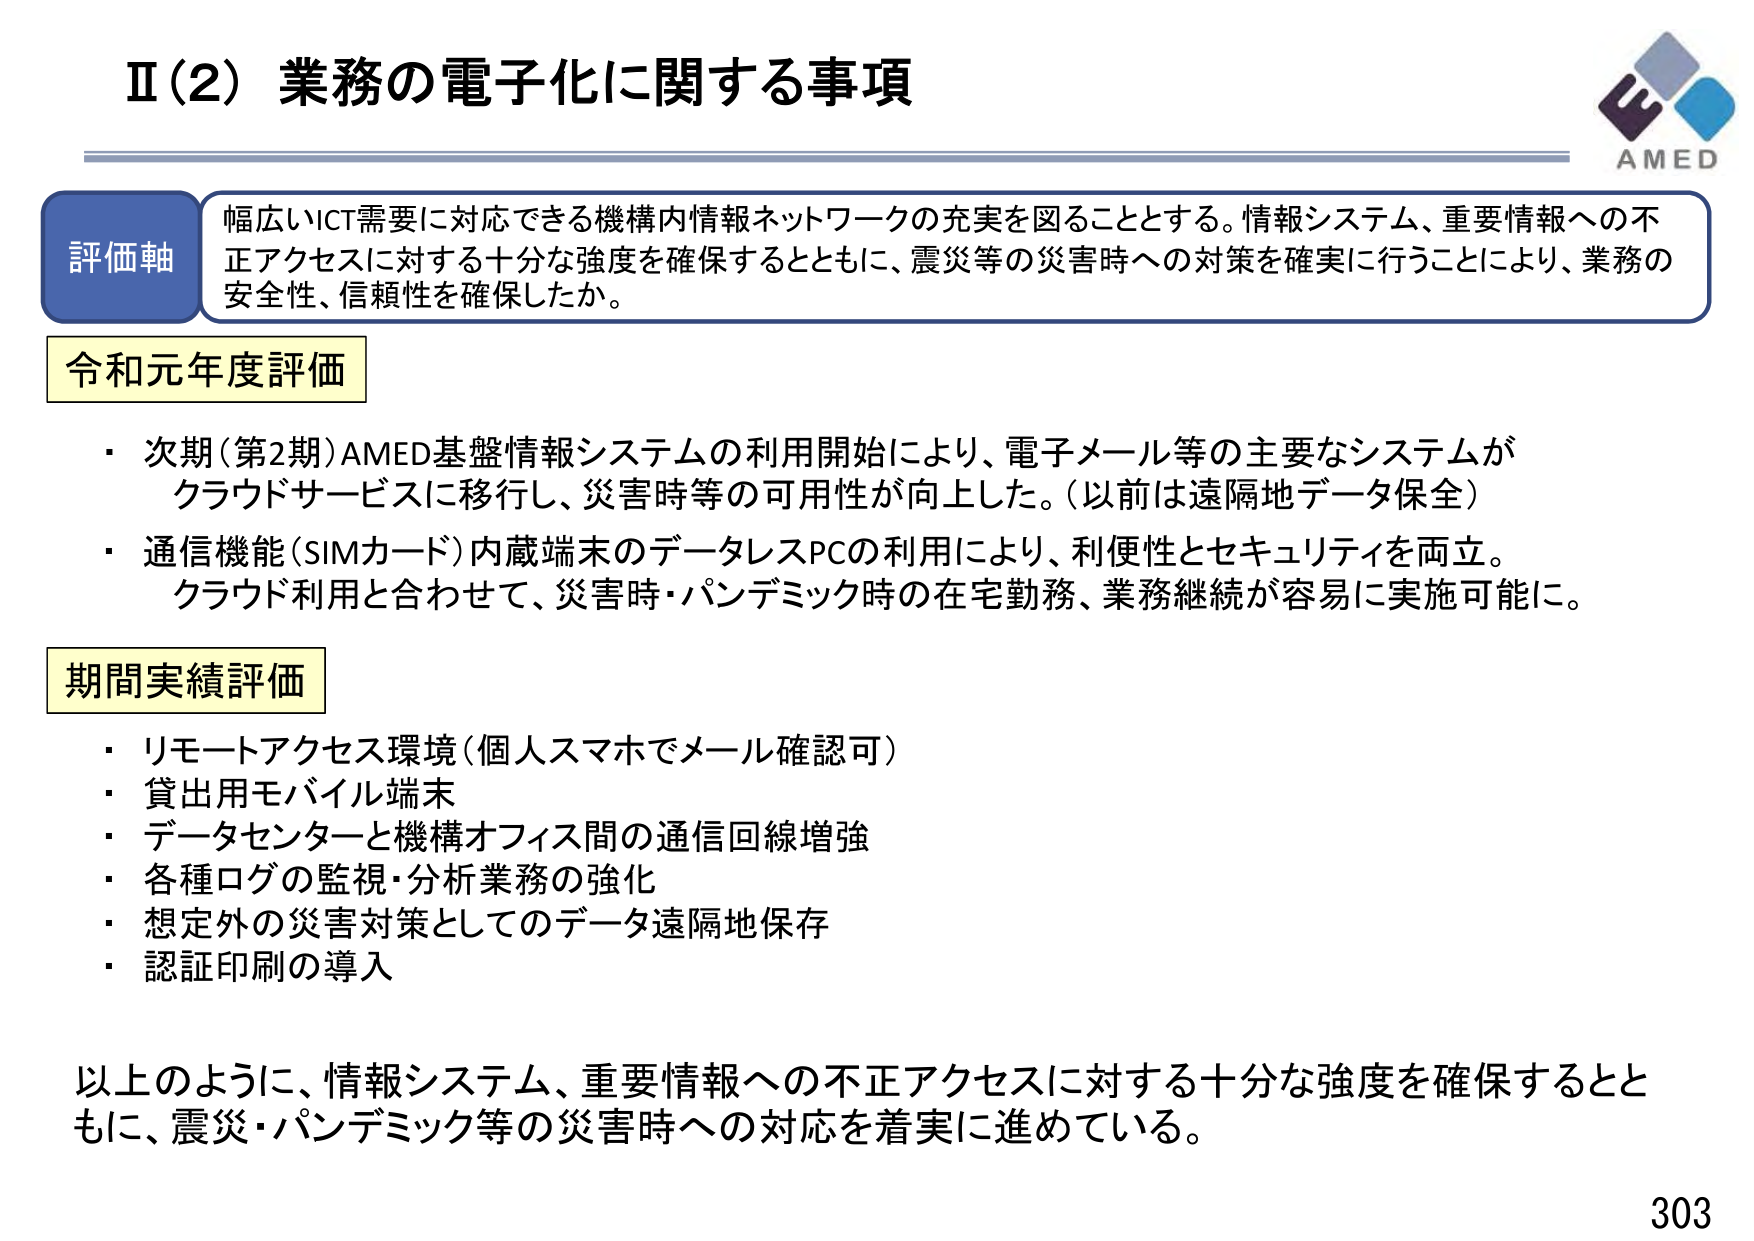
Ⅱ（2）業務の電子化に関する事項

評価軸
幅広いICT需要に対応できる機構内情報ネットワークの充実を図ることとする。情報システム、重要情報への不正アクセスに対する十分な強度を確保するとともに、震災等の災害時への対策を確実に行うことにより、業務の安全性、信頼性を確保したか。

令和元年度評価
・次期（第2期）AMED基盤情報システムの利用開始により、電子メール等の主要なシステムがクラウドサービスに移行し、災害時等の可用性が向上した。（以前は遠隔地データ保全）
・通信機能（SIMカード）内蔵端末のデータレスPCの利用により、利便性とセキュリティを両立。クラウド利用と合わせて、災害時・パンデミック時の在宅勤務、業務継続が容易に実施可能に。

期間実績評価
・リモートアクセス環境（個人スマホでメール確認可）
・貸出用モバイル端末
・データセンターと機構オフィス間の通信回線増強
・各種ログの監視・分析業務の強化
・想定外の災害対策としてのデータ遠隔地保存
・認証印刷の導入

以上のように、情報システム、重要情報への不正アクセスに対する十分な強度を確保するとともに、震災・パンデミック等の災害時への対応を着実に進めている。

AMED
303